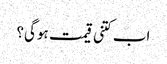
اب کتنی قیمت ہوگی؟